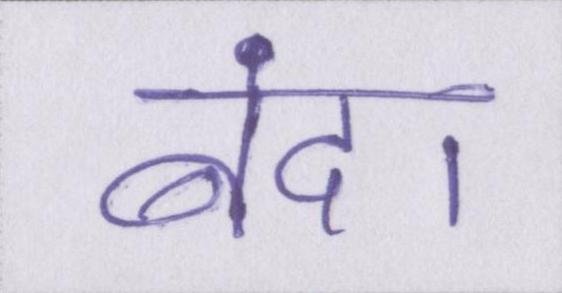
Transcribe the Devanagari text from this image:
बंद।